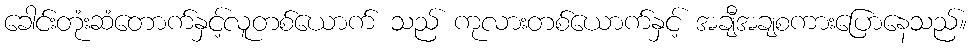
ခေါင်းတုံးဆံတောက်နှင့်လူတစ်ယောက် သည် ကုလားတစ်ယောက်နှင့် အချီအချစကားပြောနေသည်။